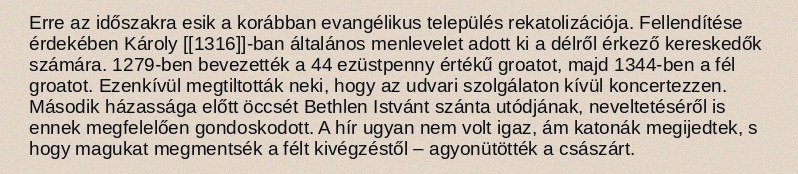
Erre az időszakra esik a korábban evangélikus település rekatolizációja. Fellendítése érdekében Károly [[1316]]-ban általános menlevelet adott ki a délről érkező kereskedők számára. 1279-ben bevezették a 44 ezüstpenny értékű groatot, majd 1344-ben a fél groatot. Ezenkívül megtiltották neki, hogy az udvari szolgálaton kívül koncertezzen. Második házassága előtt öccsét Bethlen Istvánt szánta utódjának, neveltetéséről is ennek megfelelően gondoskodott. A hír ugyan nem volt igaz, ám katonák megijedtek, s hogy magukat megmentsék a félt kivégzéstől – agyonütötték a császárt.